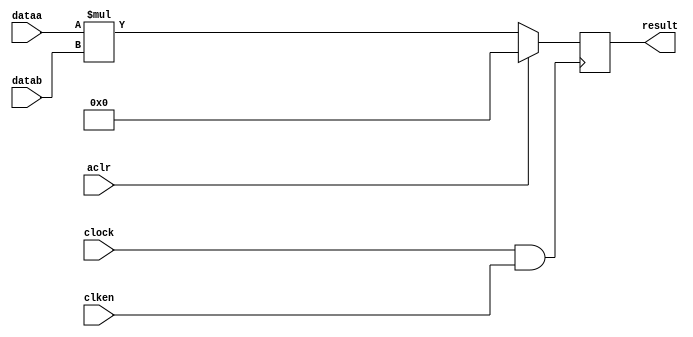
module local_mult(
dataa,
datab,
clock,
clken,
aclr,
result
);

parameter LPM_WIDTHA = 32;
parameter LPM_WIDTHB = 32;
parameter LPM_WIDTHP = 64;
parameter LPM_REPRESENTATION = "SIGNED";

input [LPM_WIDTHA-1:0] dataa;
input [LPM_WIDTHB-1:0] datab;
input clock;
input clken;
input aclr;
output reg [LPM_WIDTHP-1:0] result;

wire signed [LPM_WIDTHA-1:0] signedinputA;
wire signed [LPM_WIDTHB-1:0] signedinputB;
wire signed [LPM_WIDTHP-1:0] signedoutputP;

wire [LPM_WIDTHA-1:0] unsignedinputA;
wire [LPM_WIDTHB-1:0] unsignedinputB;
wire [LPM_WIDTHP-1:0] unsignedinputP;

wire gated_clock;

assign signedinputA = dataa;
assign signedinputB = datab;
assign unsignedinputA = dataa;
assign unsignedinputB = datab;

assign signedoutputP = signedinputA * signedinputB;
assign unsignedoutputP = unsignedinputA * unsignedinputB;

assign gated_clock = clock & clken;

always @(posedge gated_clock)begin
    if(aclr)begin
       result <= 0;
    end
    else if(LPM_REPRESENTATION == "SIGNED")
       result <= signedoutputP;
    else
       result <= unsignedoutputP; 
end

endmodule